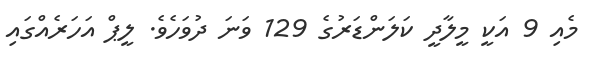
މެއި 9 އަކީ މީލާދީ ކަލަންޑަރުގެ 129 ވަނަ ދުވަހެވެ. ލީޕް އަހަރެއްގައި